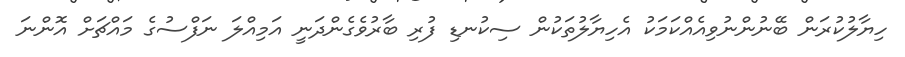
ހިޔާލުކުރަން ބޭނުންނުވިއެއްކަމަކު އެހިޔާލުތަކުން ސިކުނޑި ފުރި ބާރުވެގެންދަނީ އަމިއްލަ ނަފްސުގެ މައްޗަށް އޮންނަ